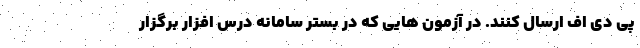
پی دی اف ارسال کنند. در آزمون هایی که در بستر سامانه درس افزار برگزار